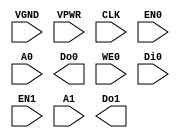
module RAM32_1RW1R (
    VGND,
    VPWR,
    CLK,
    EN0,
    A0,
    Do0,
    WE0,
    Di0,
    EN1,
    A1,
    Do1
 );
 input VGND;
 input VPWR;
 input [4:0] A0;
 input [4:0] A1;
 input CLK;
 input [31:0] Di0;
 output [31:0] Do0;
 output [31:0] Do1;
 input EN0;
 input EN1;
 input [3:0] WE0;
endmodule